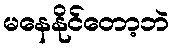
မနေနိုင်တော့ဘဲ